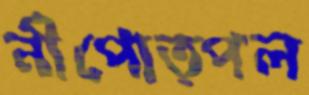
নীপোত্পল